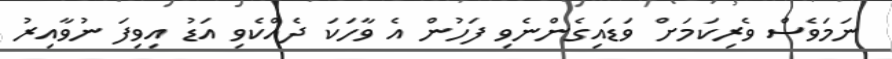
ނަމަވެސް ވެރިކަމަށް ވަޑައިގެންނެވި ފަހުން އެ ވާހަކަ ދެއްކެވި އަޑު އިވިފަ ނުވާއިރު